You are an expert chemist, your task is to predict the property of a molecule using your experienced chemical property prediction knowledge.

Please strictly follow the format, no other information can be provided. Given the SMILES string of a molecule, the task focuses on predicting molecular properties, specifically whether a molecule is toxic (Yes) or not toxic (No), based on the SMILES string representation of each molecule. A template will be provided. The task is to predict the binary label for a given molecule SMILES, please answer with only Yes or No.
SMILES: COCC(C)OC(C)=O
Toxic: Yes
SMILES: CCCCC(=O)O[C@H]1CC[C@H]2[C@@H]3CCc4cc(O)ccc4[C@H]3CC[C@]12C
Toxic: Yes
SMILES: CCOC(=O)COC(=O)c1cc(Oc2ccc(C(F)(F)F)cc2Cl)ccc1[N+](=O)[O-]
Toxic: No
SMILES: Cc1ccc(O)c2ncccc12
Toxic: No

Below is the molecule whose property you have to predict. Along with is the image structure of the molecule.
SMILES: C[C@H]1[C@@H]2Cc3ccc(O)cc3[C@@]1(C)CCN2C.C[C@H]1[C@@H]2Cc3ccc(O)cc3[C@@]1(C)CCN2C
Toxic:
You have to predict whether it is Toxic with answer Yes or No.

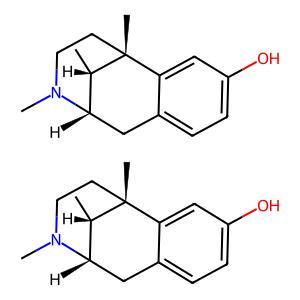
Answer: No